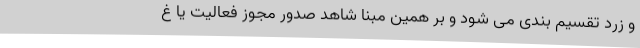
و زرد تقسیم بندی می شود و بر همین مبنا شاهد صدور مجوز فعالیت یا غ